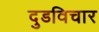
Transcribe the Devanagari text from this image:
दुडविचार